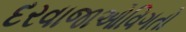
દરવાજાઓવિગતો